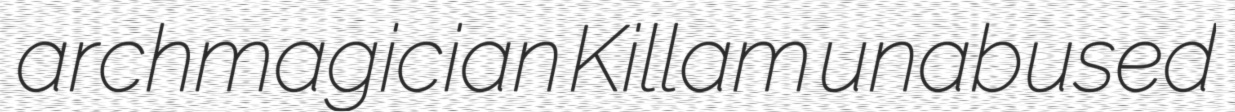
archmagician Killam unabused